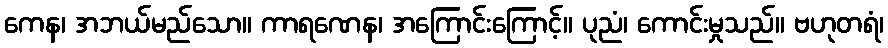
ကေန၊ အဘယ်မည်သော။ ကာရဏေန၊ အကြောင်းကြောင့်။ ပုညံ၊ ကောင်းမှုသည်။ ဗဟုတရံ၊